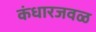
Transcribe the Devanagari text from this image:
कंधारजवळ